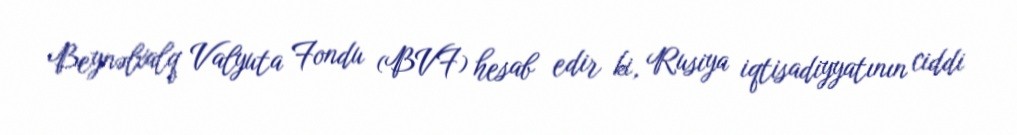
Beynəlxalq Valyuta Fondu (BVF) hesab edir ki, Rusiya iqtisadiyyatının ciddi